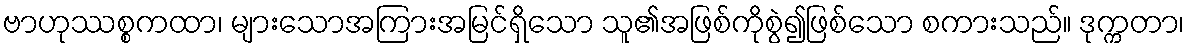
ဗာဟုဿစ္စကထာ၊ များသောအကြားအမြင်ရှိသော သူ၏အဖြစ်ကိုစွဲ၍ဖြစ်သော စကားသည်။ ဒုက္ကတာ၊